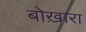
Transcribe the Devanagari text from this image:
बोख़ारा